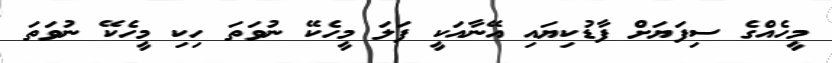
މީހެއްގެ ސިފަޔަށް ފާޑުކިޔައި އޭނާއަކީ ފަލަ މީހެކޭ ނުވަތަ ހިކި މީހެކޭ ނުވަތަ